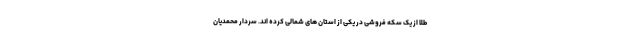
طلا از یک سکه فروشی در یکی از استان های شمالی کرده اند. سردار محمدیان